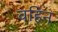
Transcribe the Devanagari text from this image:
वहिन